Lunatic asylums Central Provinces reports 1895-1909 - 1895-1909
Year: 1895
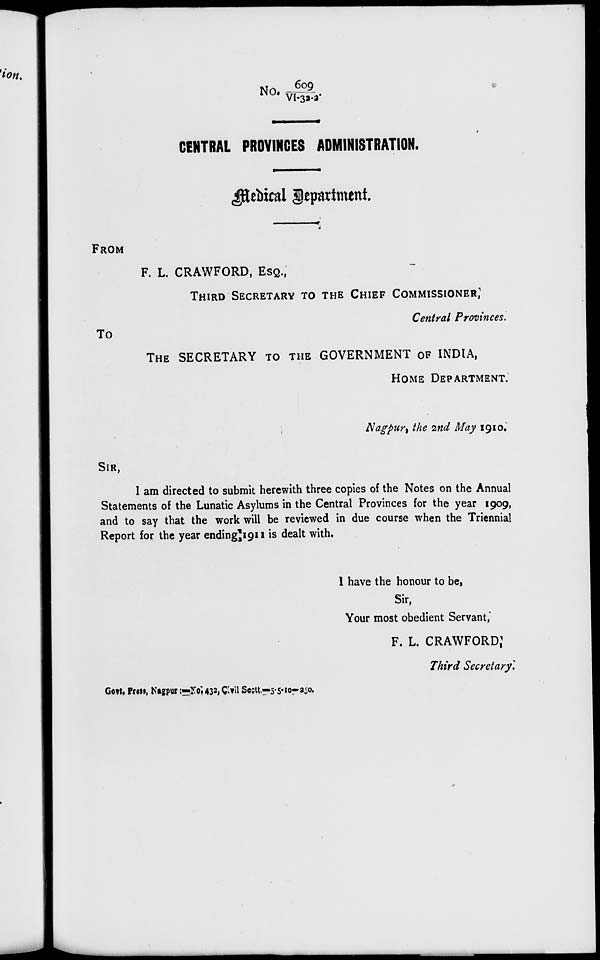
No. 609/VI-32-2.
CENTRAL PROVINCES ADMINISTRATION.
Medical Department.
FROM
F. L. CRAWFORD, ESQ.,
THIRD SECRETARY TO THE CHIEF COMMOSSIONER,
Central Provinces.
To
THE SECRETARY TO THE GOVERNMENT OF INDIA,
HOME DEPARTMENT.
Nagpur, the 2nd May 1910,
SIR,
I am directed to submit herewith three copies of the Notes on the Annual
Statements of the Lunatic Asylums in the Central Provinces for the year 1909,
and to say that the work will be reviewed in due course when the Triennial
Report for the year ending 1911 is dealt with.
I have the honour to be,
Sir,
Your most obedient Servant,
F. L. CRAWFORD
Third Secretary.
Govt. Press, Nagpur :-No. 432, Civil Sectt —5-5-10-250.